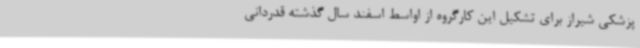
پزشکی شیراز برای تشکیل این کارگروه از اواسط اسفند سال گذشته قدردانی